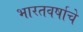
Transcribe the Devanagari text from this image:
भारतवर्षाचे